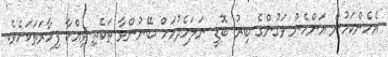
އެހެންކަމުން އަންހެން ވަގުންގެ ބިރު ބޮޑީ ނަލަހެދުމަށް ބޭނުންވާ ތަކެތި ވިއްކާ ފިހާރަތަކަށެވެ.